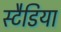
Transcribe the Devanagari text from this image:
स्टैडिया